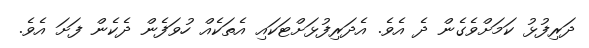
ދަރިފުޅު ކަމަށްވެގެން ދެ އެވެ. އެދަރިފުޅަށްޓަކައި އެތަކެއް ހުވަފެން ދެކެން ފަށަ އެވެ.